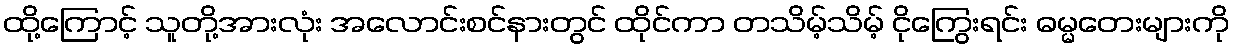
ထို့ကြောင့် သူတို့အားလုံး အလောင်းစင်နားတွင် ထိုင်ကာ တသိမ့်သိမ့် ငိုကြွေးရင်း ဓမ္မတေးများကို